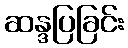
ဆန္ဒပြခြင်း